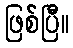
ဖြစ်ပြီ။